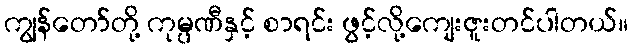
ကျွန်တော်တို့ ကုမ္ပဏီနှင့် စာရင်း ဖွင့်လို့ကျေးဇူးတင်ပါတယ်။